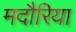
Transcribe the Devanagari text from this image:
मदौरिया